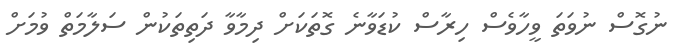
ނުގޮސް ނުވަތަ ވީހާވެސް ހިރާސް ކުޑަވާނެ ގޮތަކަށް ދިމާވާ ދަތިތަކުން ސަލާމަތް ވުމަށް